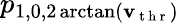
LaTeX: p_{1,0,2\arctan(\mathbf{v}_{\mathrm{{~t~h~r~}}})}